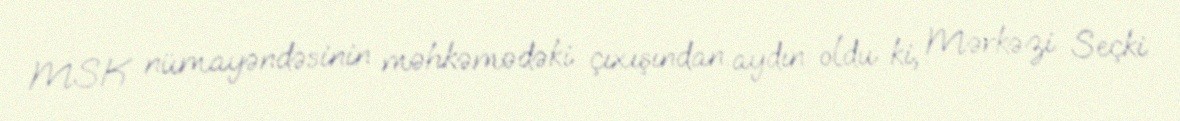
MSK nümayəndəsinin məhkəmədəki çıxışından aydın oldu ki, Mərkəzi Seçki